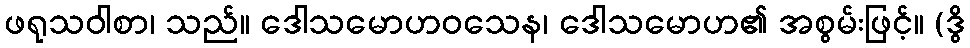
ဖရုသဝါစာ၊ သည်။ ဒေါသမောဟဝသေန၊ ဒေါသမောဟ၏ အစွမ်းဖြင့်။ (ဒွိ